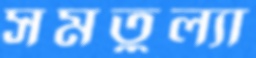
সমতুল্যা